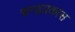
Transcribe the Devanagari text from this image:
चन्द्रप्रकास